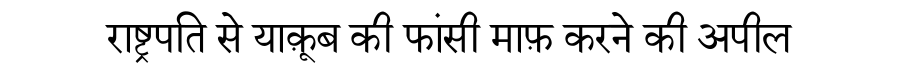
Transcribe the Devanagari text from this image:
राष्ट्रपति से याक़ूब की फांसी माफ़ करने की अपील